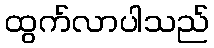
ထွက်လာပါသည်